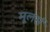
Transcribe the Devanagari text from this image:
मूलर्स